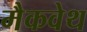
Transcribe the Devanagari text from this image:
मैकवेथ